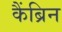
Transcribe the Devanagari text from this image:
कैंब्रिन